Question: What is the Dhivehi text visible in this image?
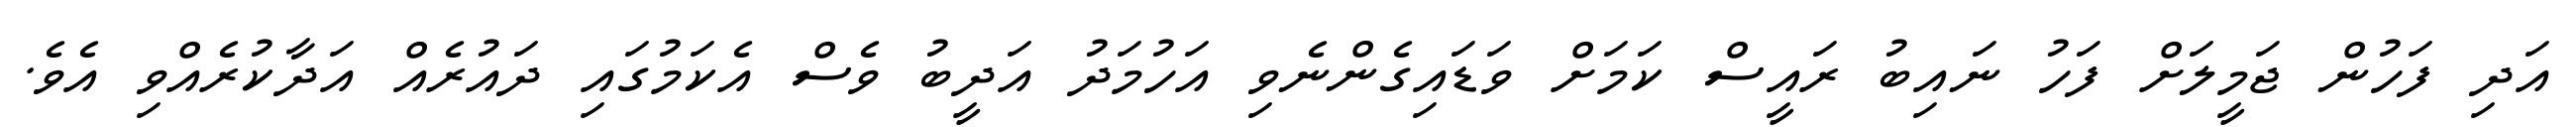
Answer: އަދި ފަހުން ޖަމީލަށް ފަހު ނައިބު ރައީސް ކަމަށް ވަޑައިގެންނެވި އަހުމަދު އަދީބު ވެސް އެކަމުގައި ދައުރެއް އަދާކުރެއްވި އެވެ.